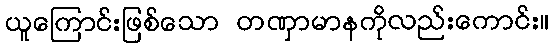
ယူကြောင်းဖြစ်သော တဏှာမာနကိုလည်းကောင်း။